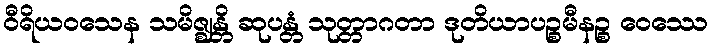
ဝီရိယဝသေန သမိဇ္ဈန္တိ ဆုပန္တံ သုတ္တာဂတာ ဒုတိယာပဉ္စမီနဉ္စ ဝေဿေ